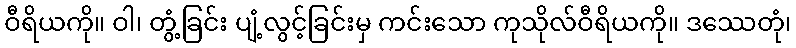
ဝီရိယကို။ ဝါ၊ တွံ့ခြင်း ပျံ့လွင့်ခြင်းမှ ကင်းသော ကုသိုလ်ဝီရိယကို။ ဒဿေတုံ၊